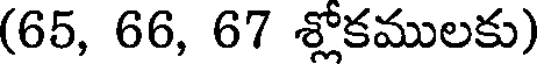
(65, 66, 67 శ్లోకములకు)